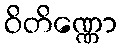
ဝိတိဏ္ဏော